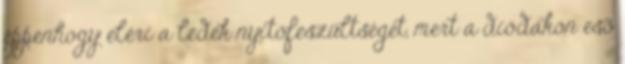
éppenhogy eléri a ledek nyitófeszültségét, mert a diódákon esõ